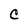
Character: C